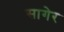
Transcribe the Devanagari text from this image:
सागेर